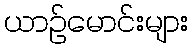
ယာဉ်မောင်းများ